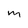
Character: M